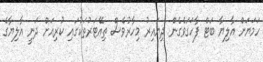
ހަމަޔަށް އާލިޔާ ބަޓް ފާހަގަވެގެން ދިޔައިރު މިހާރުވެސް ތިއޭޓަރުތަކުގައި ކުރިއަށް ދަނީ އާލިޔާގެ